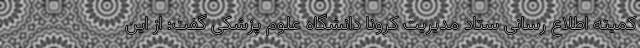
کمیته اطلاع رسانی ستاد مدیریت کرونا دانشگاه علوم پزشکی گفت: از این